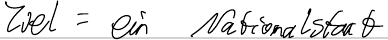
Ziel = ein Nationalstaat